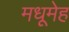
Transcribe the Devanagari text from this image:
मधूमेह